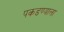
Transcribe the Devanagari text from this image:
पकडण्याला